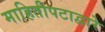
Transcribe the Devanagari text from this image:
माहितीपटाद्वारे